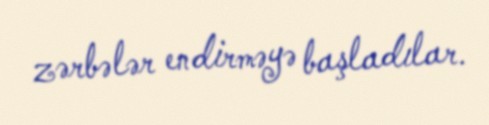
zərbələr endirməyə başladılar.